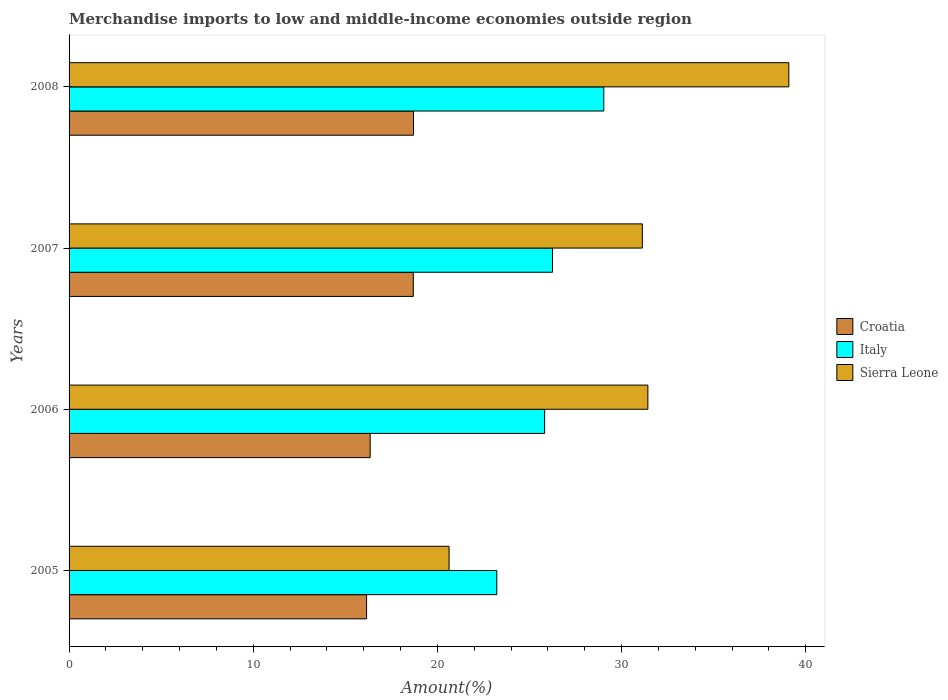
| Years | Croatia | Italy | Sierra Leone |
 | --- | --- | --- | --- |
 | 2005 | 16.2 | 23.2 | 20.6 |
 | 2006 | 16.4 | 25.8 | 31.4 |
 | 2007 | 18.7 | 26.3 | 31.1 |
 | 2008 | 18.7 | 29 | 39.1 |